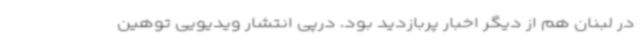
در لبنان هم از دیگر اخبار پربازدید بود. درپی انتشار ویدیویی توهین